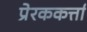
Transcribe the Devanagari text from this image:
प्रेरककर्त्ता